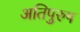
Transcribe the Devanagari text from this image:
अतिपुरुष